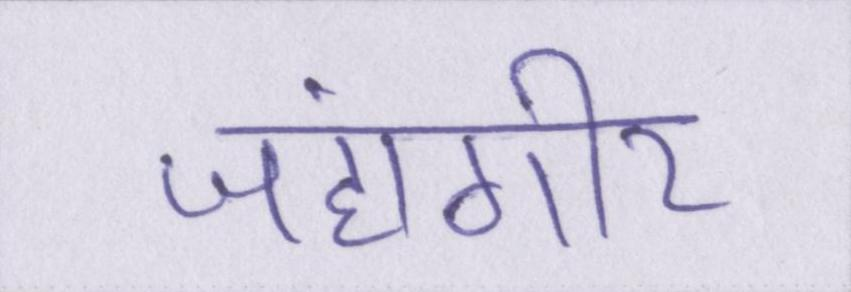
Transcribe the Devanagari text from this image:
जहाँगीर